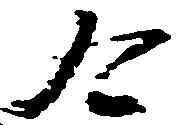
合